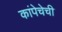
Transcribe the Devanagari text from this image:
कांपेचेची